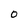
Character: 0